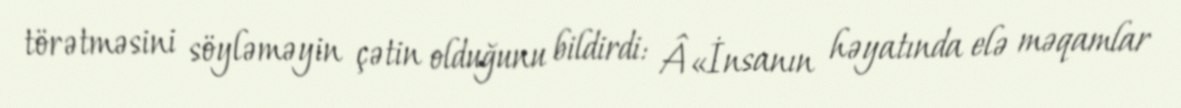
törətməsini söyləməyin çətin olduğunu bildirdi: Â«İnsanın həyatında elə məqamlar